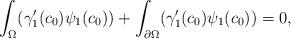
LaTeX: \begin{align*}& \int_\Omega (\gamma_1'(c_0) \psi_1(c_0)) + \int_{\partial \Omega} (\gamma_1'(c_0) \psi_1(c_0)) = 0, \end{align*}